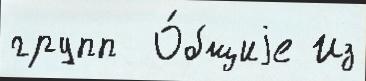
групп  О́бщиjе Из